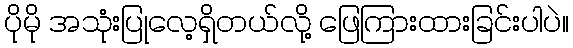
ပိုမို အသုံးပြုလေ့ရှိတယ်လို့ ဖြေကြားထားခြင်းပါပဲ။